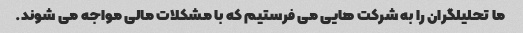
ما تحلیلگران را به شرکت هایی می فرستیم که با مشکلات مالی مواجه می شوند.